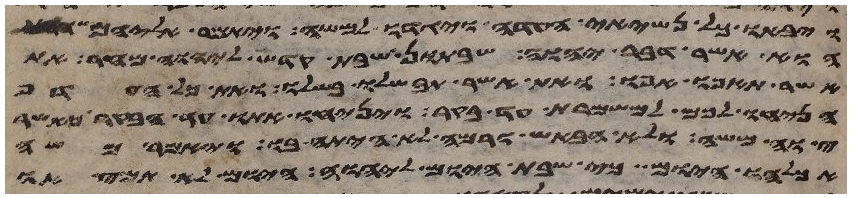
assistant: ויבאו כל נשיאי העדה ויגדו למשה ויאמר אליהם
הוא אשר דבר יהוה שבתון שבת קדש ליהוה מחר את
אשר תאפו אפו ואת אשר תבשלו בשלו ואת כל העדף
הניחו לכם למשמרת עד בקר ויניחו אתו עד הבקר כאשר
צוה משה ולא הבאיש ורמה לא היתה בו ויאמר משה
אכלהו היום כי שבת היום ליהוה היום לא תמצאו